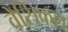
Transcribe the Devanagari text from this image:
वेसिकल